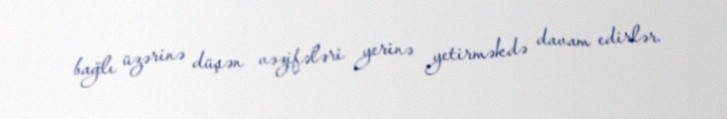
bağlı üzərinə düşən vəzifələri yerinə yetirməkdə davam edirlər.